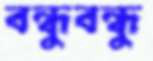
বন্ধুবন্ধু